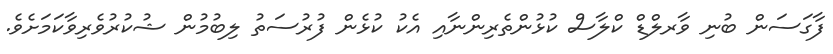
ފާގަސަން ބުނި ވާރލްޑް ކްލާސް ކުޅުންތެރިންނާއި އެކު ކުޅެން ފުރުސަތު ލިބުމުން ޝުކުރުވެރިވާކަމަށެވެ.